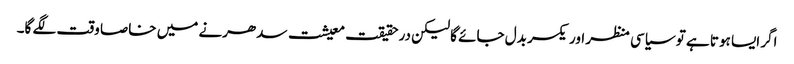
اگر ایسا ہوتا ہے تو سیاسی منظر اور یکسر بدل جائے گا لیکن درحقیقت معیشت سدھرنے میں خاصا وقت لگے گا۔